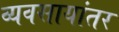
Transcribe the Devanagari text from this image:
व्यवसायांतर